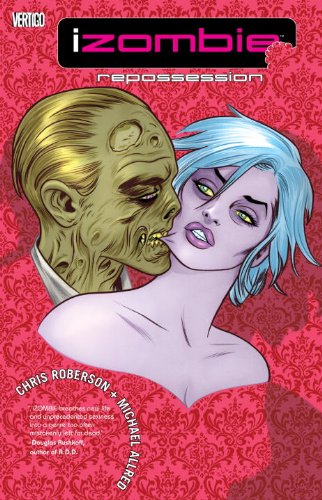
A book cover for iZombie, Vol. 4: Repossession; Chris Roberson; Comics & Graphic Novels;